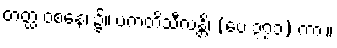
တတ္ထ ဝစနေ၊ ၌။ ပကတိသီလန္တိ၊ (ပေ ၃၇၁) ကား။